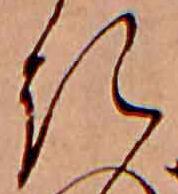
き